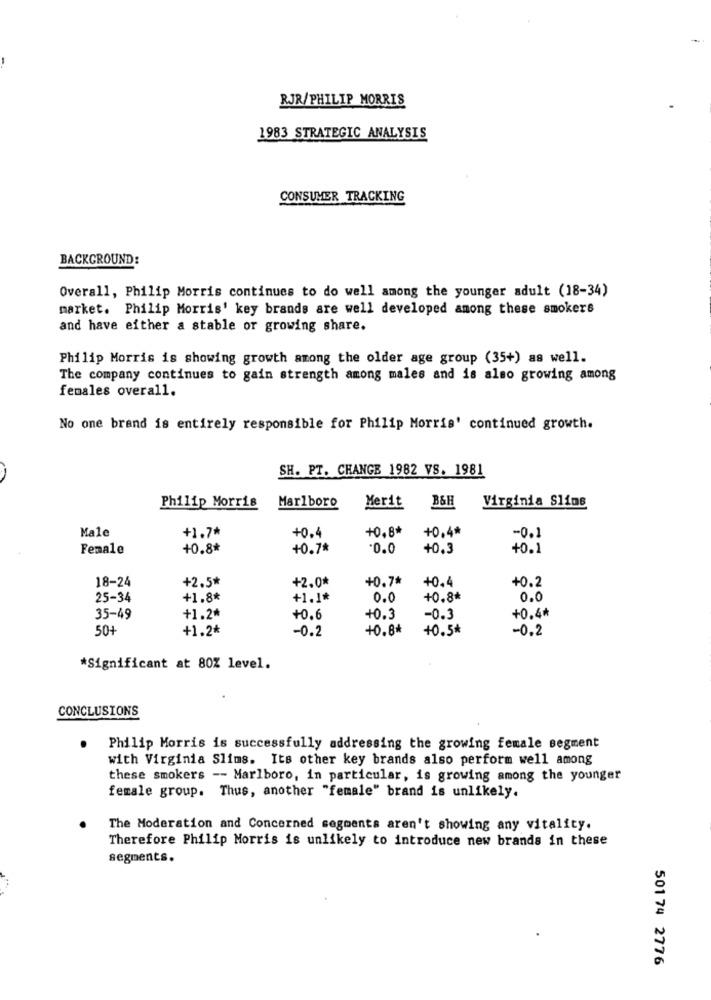
RJR/PHILIP MORRIS
1983 STRATEGIC ANALYSIS
CONSUMER TRACKING
BACKGROUND:
Overall, Philip Morris continues to do well among the younger adult (18-34)
market. Philip Morris' key brands are well developed among these smokers
and have either a stable or growing share.
Philip Morris is showing growth among the older age group (35+) as well.
The company continues to gain strength among males and is also growing among
females overall.
No one brand is entirely responsible for Philip Morris' continued growth.
SH. PT. CHANGE 1982 VS. 1981
Virginia Sline
Philip Morris
Marlboro
Merit
B&H
Male
+1.7ª
+0.8*
+0.4*
+0.4
-0.1
Female
+0.8*
+0.7%
.0.0
+0,3
+0.1
18-24
+2.5*
+2.0*
+0.7%
+0.4
+0.2
25-34
+1.8*
+1.1*
0.0
+0.8*
0.0
35-49
+1.2*
+0.6
+0.3
-0.3
+0.4*
504
+1.2₺
-0.2
+0.8*
+0.5*
-0.2
*Significant at 80% level.
CONCLUSIONS
Philip Morris is successfully addressing the growing female segment
with Virginia Slims. Its other key brands also perform well among
these smokers -- Marlboro, in particular, is growing among the younger
female group. Thus, another "female" brand is unlikely.
The Moderation and Concerned segments aren't showing any vitality.
Therefore Philip Morris is unlikely to introduce new brands in these
segments.
501 74 2776